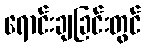
ရောင်းချခြင်းတွင်